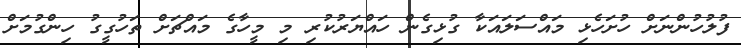
ފުލުހުންނަށް ހުށަހެޅި މައްސަލައަަކާ ގުޅިގެން ހައްޔަރުކުރި މި މީހާގެ މައްޗަށް ތަހުގީގު ހިންގުމަށް